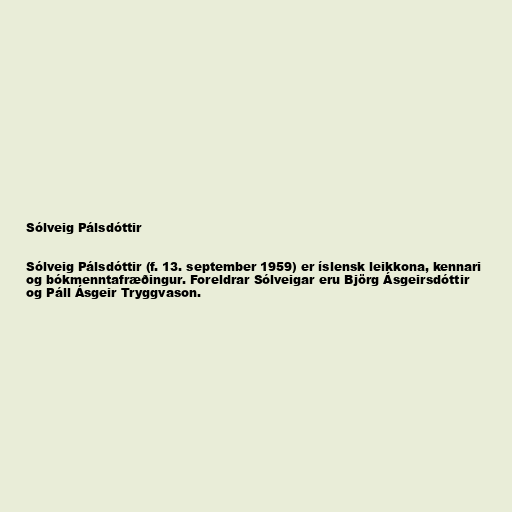
Sólveig Pálsdóttir

Sólveig Pálsdóttir (f. 13. september 1959) er íslensk leikkona, kennari
og bókmenntafræðingur. Foreldrar Sólveigar eru Björg Ásgeirsdóttir
og Páll Ásgeir Tryggvason.